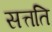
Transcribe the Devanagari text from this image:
सत्तति